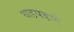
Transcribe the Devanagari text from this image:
धडपडणे